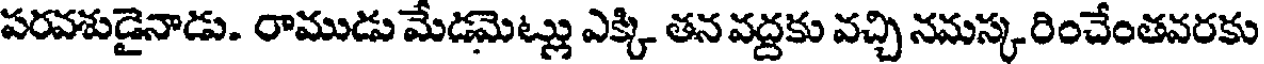
పరవశుడైనాడు. రాముడు మేడమెట్లు ఎక్కి తన వద్దకు వచ్చి నమస్క రించేంతవరకు